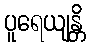
ပူရေယျန္တိ